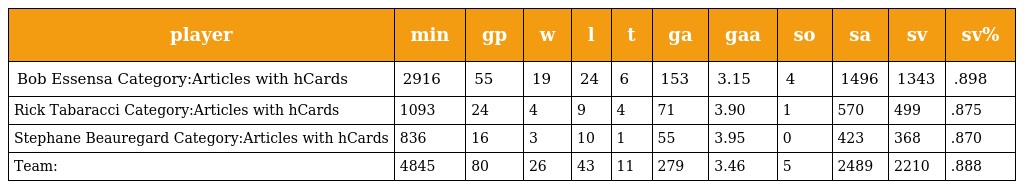
| player | min | gp | w | l | t | ga | gaa | so | sa | sv | sv% |
 | --- | --- | --- | --- | --- | --- | --- | --- | --- | --- | --- | --- |
 | Bob Essensa Category:Articles with hCards | 2916 | 55 | 19 | 24 | 6 | 153 | 3.15 | 4 | 1496 | 1343 | .898 |
 | Rick Tabaracci Category:Articles with hCards | 1093 | 24 | 4 | 9 | 4 | 71 | 3.90 | 1 | 570 | 499 | .875 |
 | Stephane Beauregard Category:Articles with hCards | 836 | 16 | 3 | 10 | 1 | 55 | 3.95 | 0 | 423 | 368 | .870 |
 | Team: | 4845 | 80 | 26 | 43 | 11 | 279 | 3.46 | 5 | 2489 | 2210 | .888 |